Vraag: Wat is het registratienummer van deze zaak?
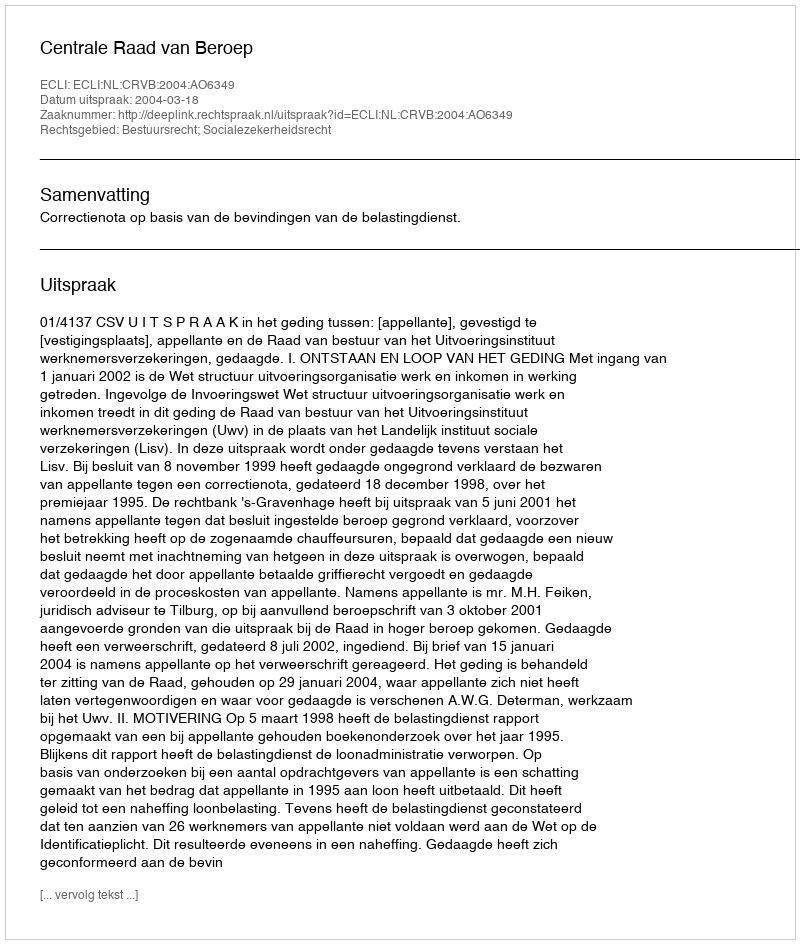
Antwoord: http://deeplink.rechtspraak.nl/uitspraak?id=ECLI:NL:CRVB:2004:AO6349